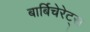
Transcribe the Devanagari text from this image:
बार्बिचेरेट्स